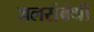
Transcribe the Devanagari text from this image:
जलसंबंधी